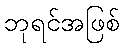
ဘုရင်အဖြစ်